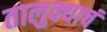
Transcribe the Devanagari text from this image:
तालुक्याचं